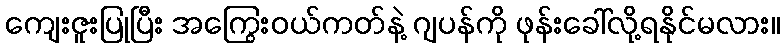
ကျေးဇူးပြုပြီး အကြွေးဝယ်ကတ်နဲ့ ဂျပန်ကို ဖုန်းခေါ်လို့ရနိုင်မလား။